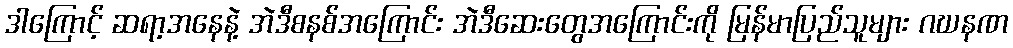
ဒါကြောင့် ဆရာ့အနေနဲ့ အဲဒီစနစ်အကြောင်း အဲဒီဆေးတွေအကြောင်းကို မြန်မာပြည်သူများ ဂဃနဏ